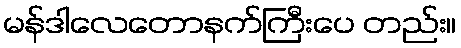
မန်ဒါလေတောနက်ကြီးပေ တည်း။